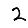
Digit: 2